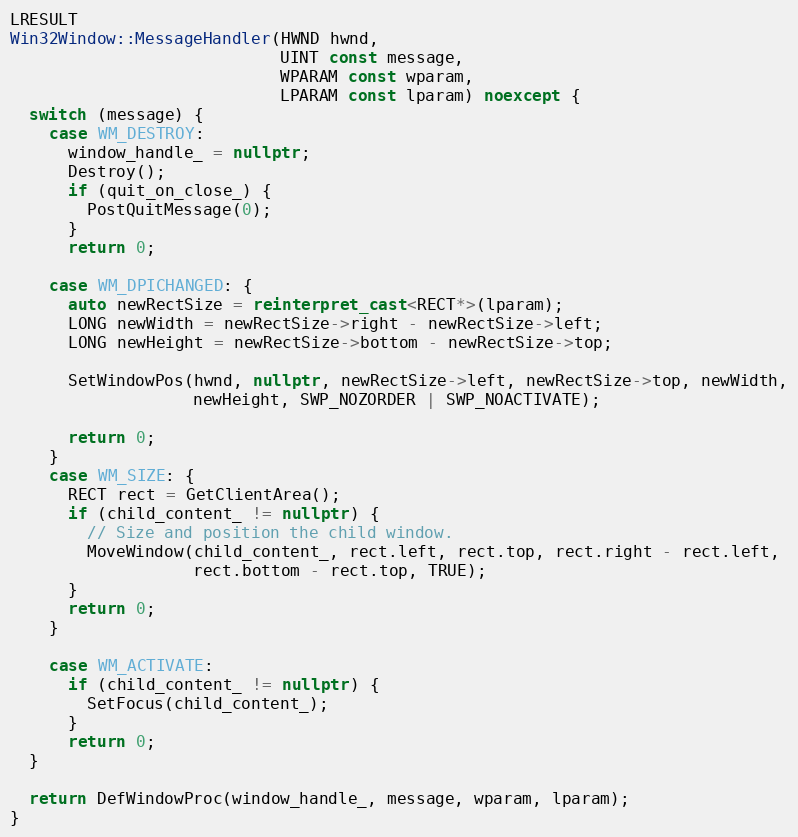
Language: C++
LRESULT
Win32Window::MessageHandler(HWND hwnd,
                            UINT const message,
                            WPARAM const wparam,
                            LPARAM const lparam) noexcept {
  switch (message) {
    case WM_DESTROY:
      window_handle_ = nullptr;
      Destroy();
      if (quit_on_close_) {
        PostQuitMessage(0);
      }
      return 0;

    case WM_DPICHANGED: {
      auto newRectSize = reinterpret_cast<RECT*>(lparam);
      LONG newWidth = newRectSize->right - newRectSize->left;
      LONG newHeight = newRectSize->bottom - newRectSize->top;

      SetWindowPos(hwnd, nullptr, newRectSize->left, newRectSize->top, newWidth,
                   newHeight, SWP_NOZORDER | SWP_NOACTIVATE);

      return 0;
    }
    case WM_SIZE: {
      RECT rect = GetClientArea();
      if (child_content_ != nullptr) {
        // Size and position the child window.
        MoveWindow(child_content_, rect.left, rect.top, rect.right - rect.left,
                   rect.bottom - rect.top, TRUE);
      }
      return 0;
    }

    case WM_ACTIVATE:
      if (child_content_ != nullptr) {
        SetFocus(child_content_);
      }
      return 0;
  }

  return DefWindowProc(window_handle_, message, wparam, lparam);
}